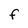
Character: F